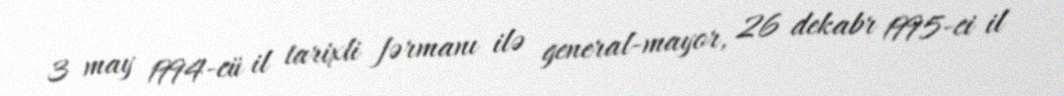
3 may 1994-cü il tarixli fərmanı ilə general-mayor, 26 dekabr 1995-ci il